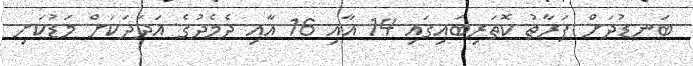
ބަނޑުދަށް ފަރާތު ކޮތަރިބައިގައި 14 އާއި 16 އާއި ދެމެދުގެ އަދަދަކަށް މަޑުކަށި